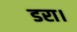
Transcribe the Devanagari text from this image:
डरा।